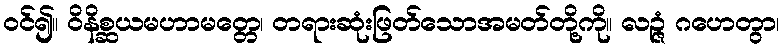
ဝင်၍။ ဝိနိစ္ဆယမဟာမတ္တေ၊ တရားဆုံးဖြတ်သောအမတ်တို့ကို။ လဉ္ဇံ ဂဟေတွာ၊